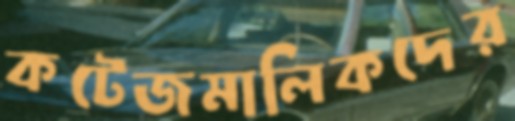
কটেজমালিকদের